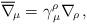
LaTeX: \begin{align*}\overline\nabla_{\!\mu}=\gamma^\rho_{\,\mu}\nabla_{\!\rho} \, ,\end{align*}